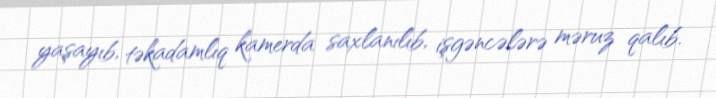
yaşayıb, təkadamlıq kamerda saxlanılıb, işgəncələrə məruz qalıb.